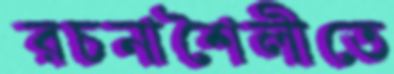
রচনাশৈলীতে